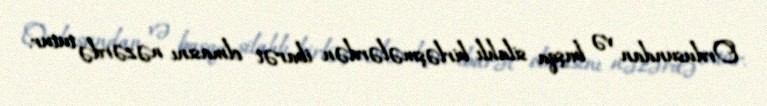
Ordusundan və başqa silahlı birləşmələrdən ibarət olmasını nəzərdə tutur.